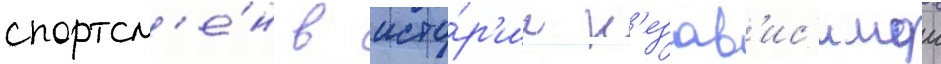
спортсм'е́н в исто́р'ии н'езав'ис'имои